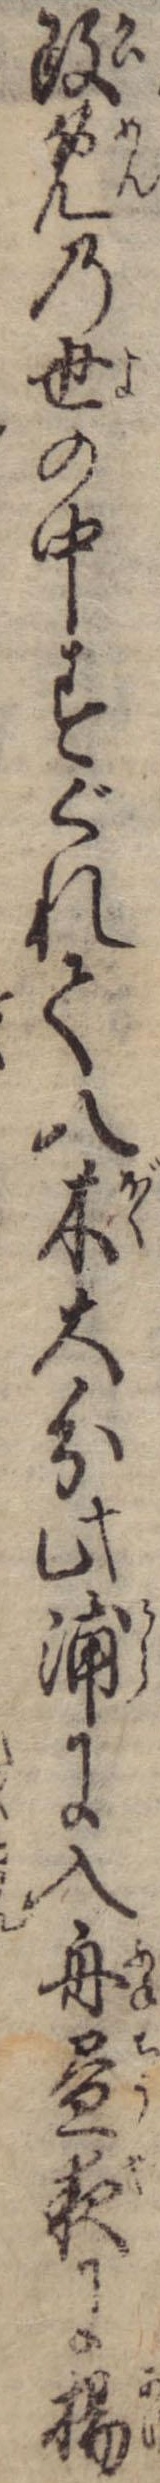
改免の世の中すぐれて八木大分此浦に入舟昼夜に揚